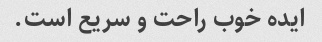
ایده خوب راحت و سریع است.